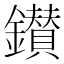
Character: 鑚